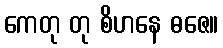
ကေတု တု စိဟနေ ဓဇေ။